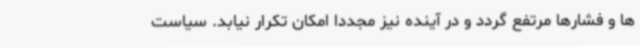
ها و فشارها مرتفع گردد و در آینده نیز مجددا امکان تکرار نیابد. سیاست